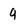
Character: 9